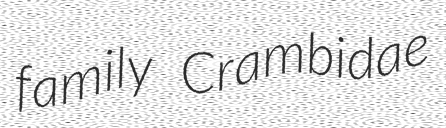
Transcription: family Crambidae